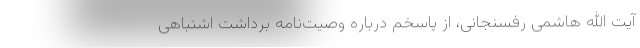
آیت الله هاشمی رفسنجانی، از پاسخم درباره وصیت‌نامه برداشت اشتباهی